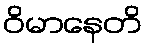
ဝိမာနေတိ